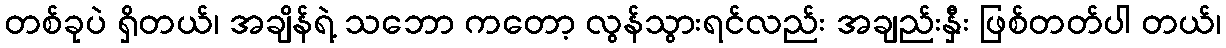
တစ်ခုပဲ ရှိတယ်၊ အချိန်ရဲ့ သဘော ကတော့ လွန်သွားရင်လည်း အချည်းနှီး ဖြစ်တတ်ပါ တယ်၊